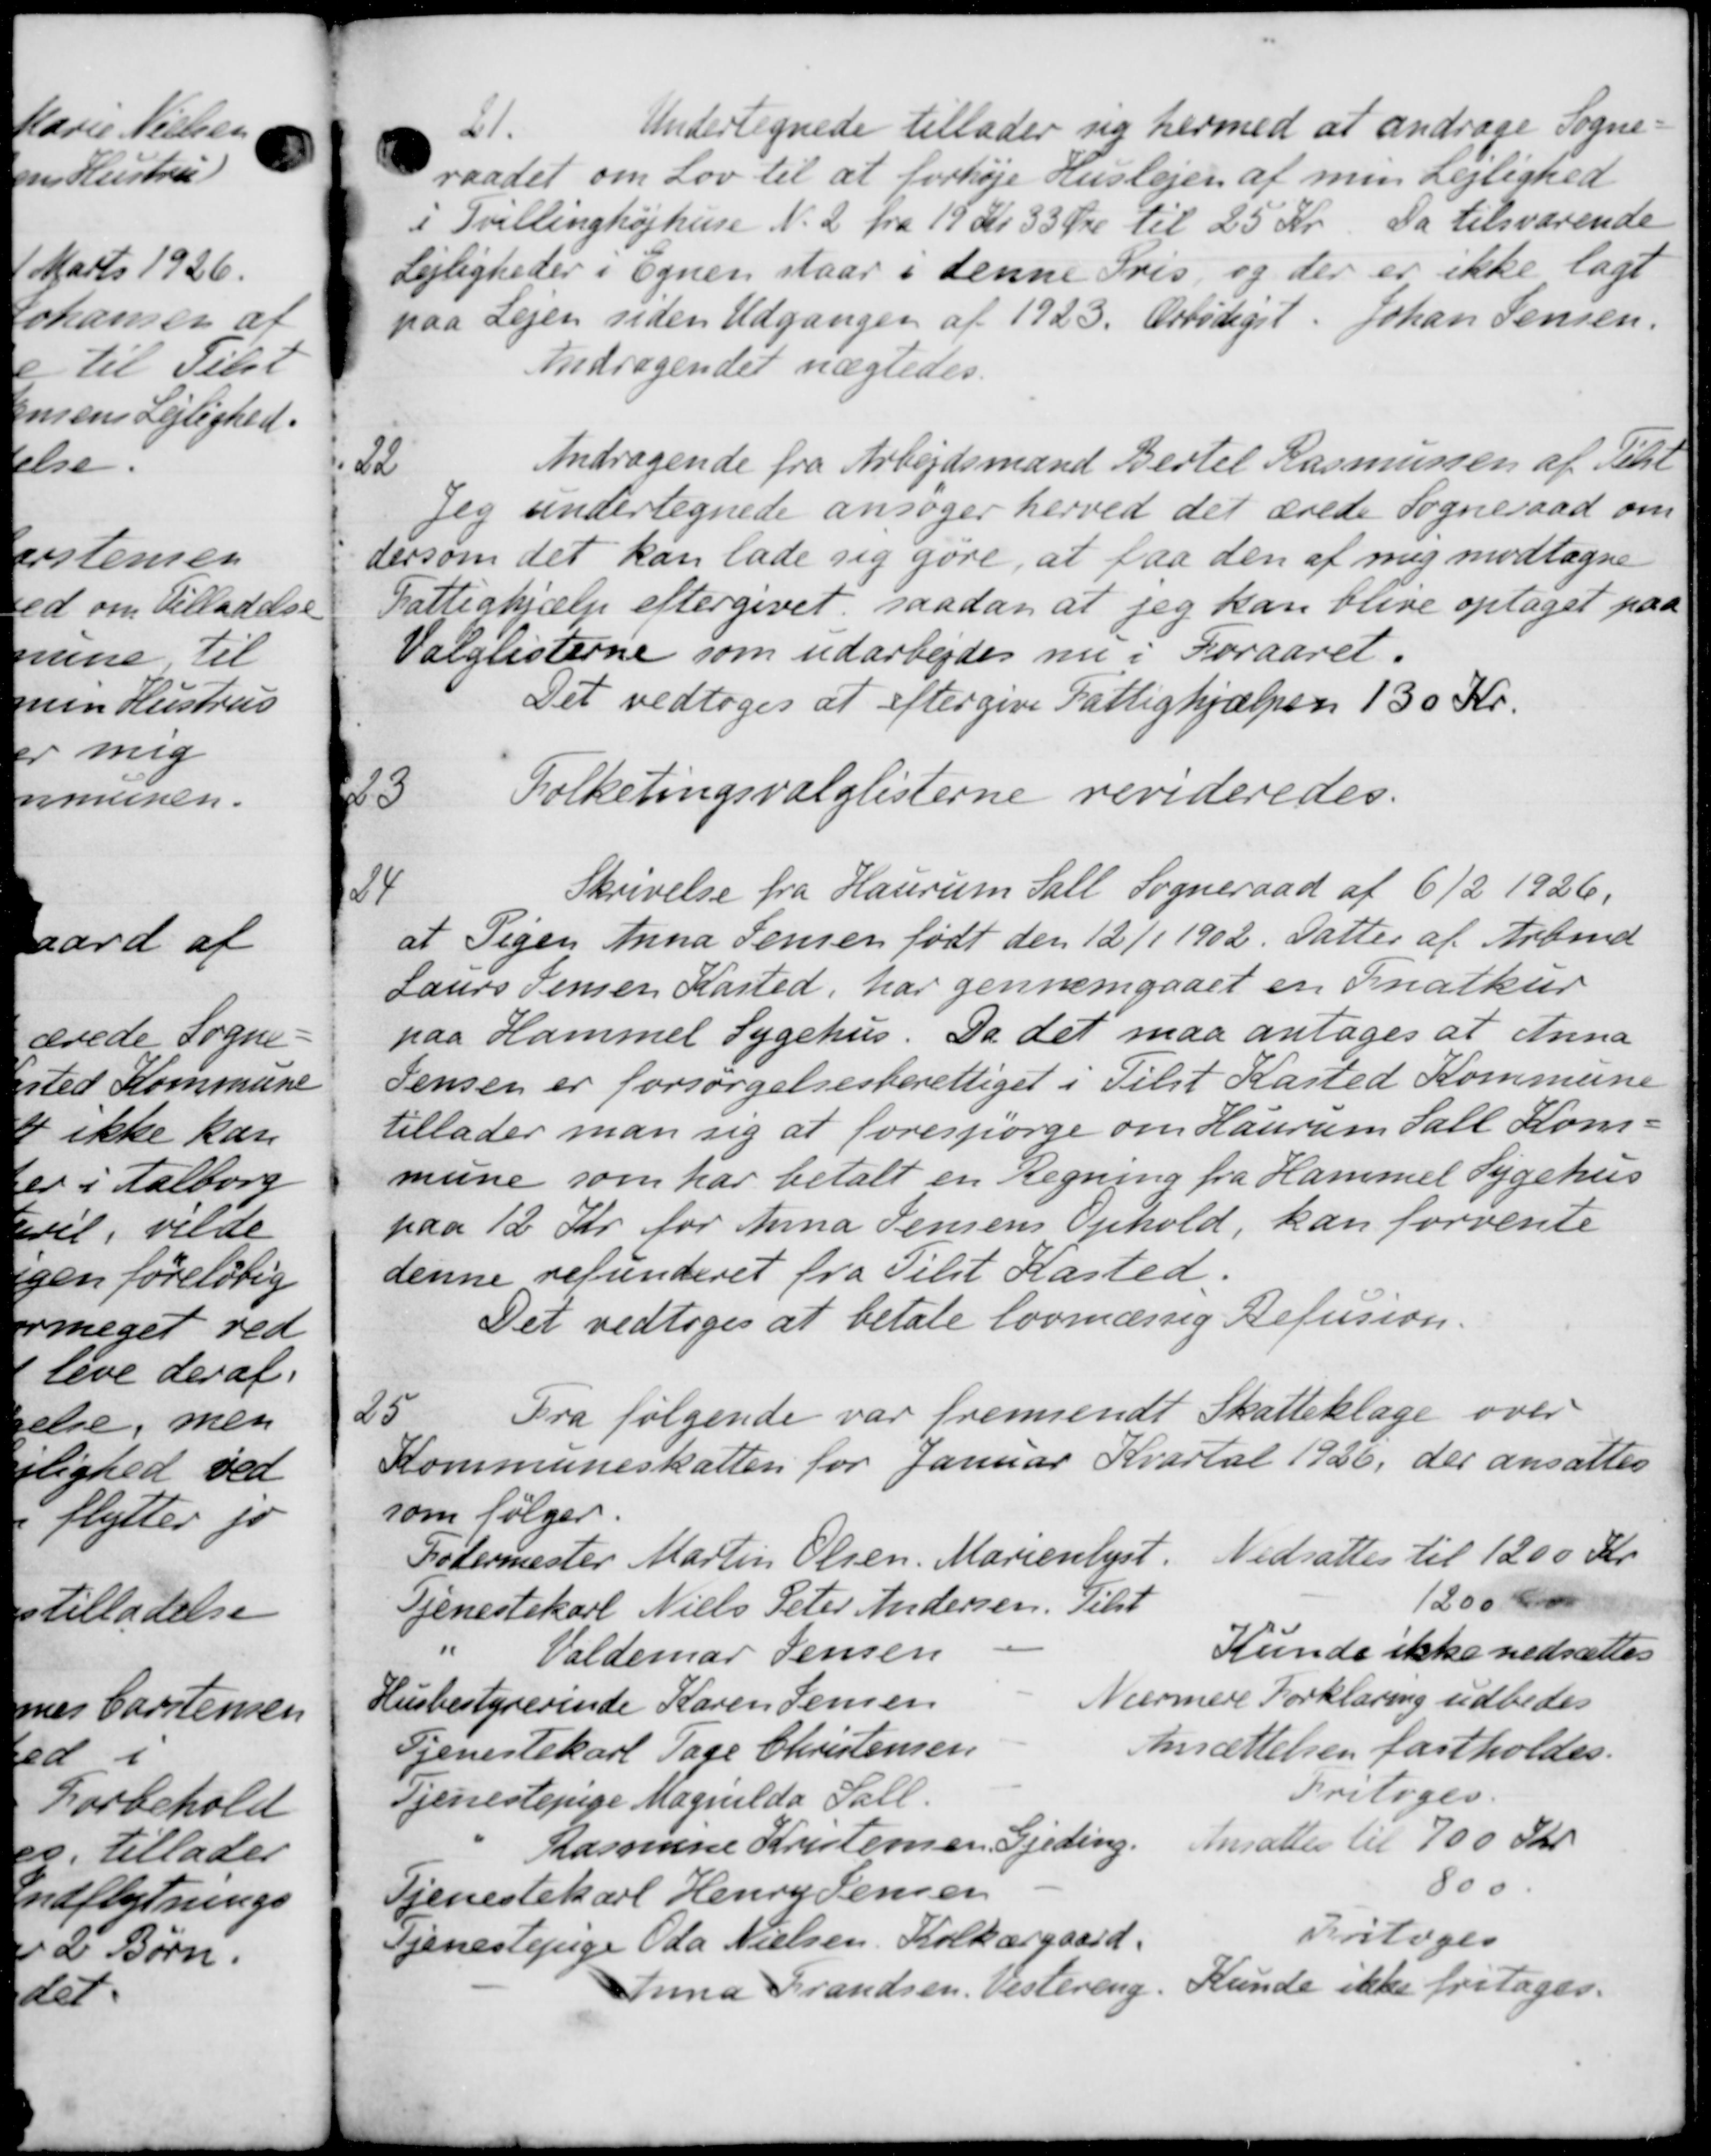
Transskription:
21.
Undertegnede tillader sig hermed at andrage Sogne-
raadet om Lov til at forhøje Huslejen af min Lejlighed
i Tvillinghøjhuse No 2 fra 19 Kr 33 Øre til 25 Kr. Da tilsværende
Lejligheder i Egnen staar i denne Pris, og der er ikke lagt
paa Lejen siden Udgangen af 1923. Arbødigst. Johan Jensen.
Andragendet nægtedes.
i til
Andragende fra Arbejdsmand Bertel Rasmussen af Pete
Jeg undertegnede ansøger herved det ærede Sogneraad om
dersom det kan lade sig gøre, at faa den af mig modtagne
Fattighjælp eftergivet, saadan at jeg kan blive optaget paa
Valglisterne som udarbejdes nu i Foraaret.
Det vedtoges at eftergive Fattighjælpen 130 Kr.
5
Folketingsvalglisterne revideredes.
1
Skrivelse fra Haurum Sall Sogneraad af 6/2 1926.
at Pigen Anna Jensen født den 12/1 1902. datter af Arbmd.
Laurs Jensen Kasted, har gennemgaaet en Fnatkur
paa Hammel Sygehus. Da det maa antages at Anna
Jensen er forsørgelsesberettiget i Tilst Kasted Kommune
tillader man sig at forespørge om Haurum Sall Kom-
mune som har betalt en Regning fra Hammel Sygehus
paa 12 Kr for Anna Jensens Ophold, kan forvente
denne refunderet fra Tilst Kasted.
Det vedtoges at betale lovmæssig Refusion.
25
Fra følgende var fremsendt Skatteklage over
Kommuneskatten for Januar Kvartal 1926, der ansattes
som følger.
Fodermester Martin Olsen. Marienlyst. Nedsattes til 1200 Kr.
1200 kr
Tjenestekarl Niels Peter Andersen. Tilst
Valdemar Jensen
Kunde ikke nedsættes
Husbestyrerinde Karen Jensen
Nærmere Forklaring udbedes
Tjenestekarl Tage Christensen
Ansættelsen fastholdes.
Tjenestepige Magnilda Sall.
Fritoges.
Rasmine Kristensen, Gjeding.
Ansættes til 700 Kr
Tjenestekarl Henry Jensen
800.
Tjenestepige Oda Nielsen, Kolkærgaard.
Foretoges
Anna Frandsen, Vestering. Kunde ikke fritages.